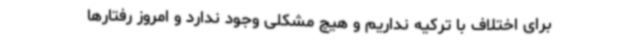
برای اختلاف با ترکیه نداریم و هیچ مشکلی وجود ندارد و امروز رفتارها